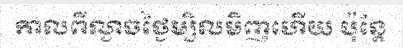
កាលពីល្ងាចថ្ងៃម្សិលមិញហើយ ប៉ុន្តែ